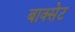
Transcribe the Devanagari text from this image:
बाक्सेट